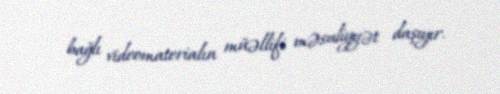
bağlı videomaterialın müəllifi məsuliyyət daşıyır.